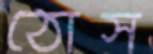
ঠোস